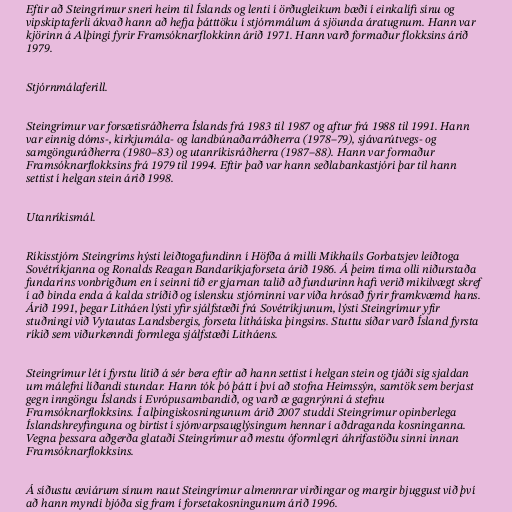
Eftir að Steingrímur sneri heim til Íslands og lenti í örðugleikum bæði í einkalífi sínu og
vipskiptaferli ákvað hann að hefja þátttöku í stjórnmálum á sjöunda áratugnum. Hann var
kjörinn á Alþingi fyrir Framsóknarflokkinn árið 1971. Hann varð formaður flokksins árið
1979.

Stjórnmálaferill.

Steingrímur var forsætisráðherra Íslands frá 1983 til 1987 og aftur frá 1988 til 1991. Hann
var einnig dóms-, kirkjumála- og landbúnaðarráðherra (1978–79), sjávarútvegs- og
samgönguráðherra (1980–83) og utanríkisráðherra (1987–88). Hann var formaður
Framsóknarflokksins frá 1979 til 1994. Eftir það var hann seðlabankastjóri þar til hann
settist í helgan stein árið 1998.

Utanríkismál.

Ríkisstjórn Steingríms hýsti leiðtogafundinn í Höfða á milli Mikhaíls Gorbatsjev leiðtoga
Sovétríkjanna og Ronalds Reagan Bandaríkjaforseta árið 1986. Á þeim tíma olli niðurstaða
fundarins vonbrigðum en í seinni tíð er gjarnan talið að fundurinn hafi verið mikilvægt skref
í að binda enda á kalda stríðið og íslensku stjórninni var víða hrósað fyrir framkvæmd hans.
Árið 1991, þegar Litháen lýsti yfir sjálfstæði frá Sovétríkjunum, lýsti Steingrímur yfir
stuðningi við Vytautas Landsbergis, forseta litháíska þingsins. Stuttu síðar varð Ísland fyrsta
ríkið sem viðurkenndi formlega sjálfstæði Litháens.

Steingrímur lét í fyrstu lítið á sér bera eftir að hann settist í helgan stein og tjáði sig sjaldan
um málefni líðandi stundar. Hann tók þó þátt í því að stofna Heimssýn, samtök sem berjast
gegn inngöngu Íslands í Evrópusambandið, og varð æ gagnrýnni á stefnu
Framsóknarflokksins. Í alþingiskosningunum árið 2007 studdi Steingrímur opinberlega
Íslandshreyfinguna og birtist í sjónvarpsauglýsingum hennar í aðdraganda kosninganna.
Vegna þessara aðgerða glataði Steingrímur að mestu óformlegri áhrifastöðu sinni innan
Framsóknarflokksins.

Á síðustu æviárum sínum naut Steingrímur almennrar virðingar og margir bjuggust við því
að hann myndi bjóða sig fram í forsetakosningunum árið 1996.